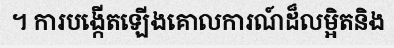
។ ការបង្កើតឡើងគោលការណ៍ដ៏លម្អិតនិង